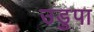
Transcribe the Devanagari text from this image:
उडुपा